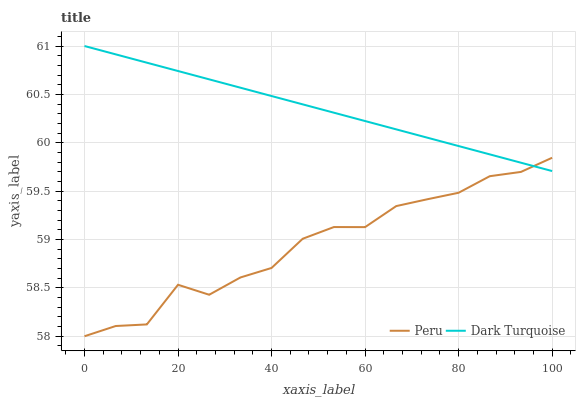
| xaxis_label | Peru | Dark Turquoise |
 | --- | --- | --- |
 | 0 | 58 | 61 |
 | 6.67 | 58.1 | 60.9 |
 | 13.3 | 58.1 | 60.8 |
 | 20 | 58.5 | 60.7 |
 | 26.7 | 58.4 | 60.7 |
 | 33.3 | 58.6 | 60.6 |
 | 40 | 58.7 | 60.5 |
 | 46.7 | 59 | 60.4 |
 | 53.3 | 59.1 | 60.3 |
 | 60 | 59.1 | 60.2 |
 | 66.7 | 59.3 | 60.1 |
 | 73.3 | 59.4 | 60.1 |
 | 80 | 59.5 | 60 |
 | 86.7 | 59.7 | 59.9 |
 | 93.3 | 59.7 | 59.8 |
 | 100 | 59.8 | 59.7 |